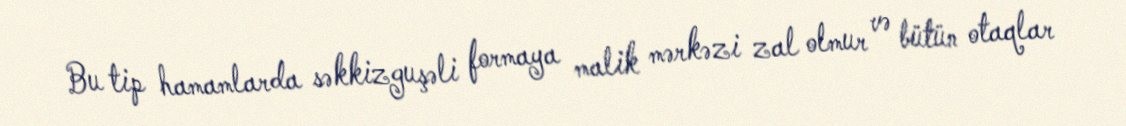
Bu tip hamamlarda səkkizguşəli formaya malik mərkəzi zal olmur və bütün otaqlar